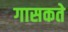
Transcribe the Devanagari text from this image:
गासकते